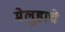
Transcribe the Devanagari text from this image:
मेलुहाचे